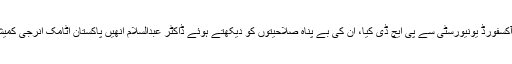
قائداعظم یونیورسٹی اسلام آباد سے میتھمیٹکس میں ماسٹرز کے بعد ڈاکٹر تسنیم شاہ نے آکسفورڈ یونیورسٹی سے پی ایچ ڈی کیا، ان کی بے پناہ صلاحیتوں کو دیکھتے ہوئے ڈاکٹر عبدالسلام انھیں پاکستان اٹامک انرجی کمیشن لے کر گئے، جہاں وہ کافی عرصے تک ڈاکٹر ریاض الدین کے ساتھ کام کرتی رہیں۔